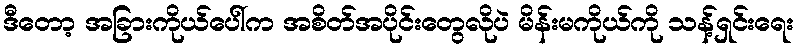
ဒီတော့ အခြားကိုယ်ပေါ်က အစိတ်အပိုင်းတွေလိုပဲ မိန်းမကိုယ်ကို သန့်ရှင်းရေး